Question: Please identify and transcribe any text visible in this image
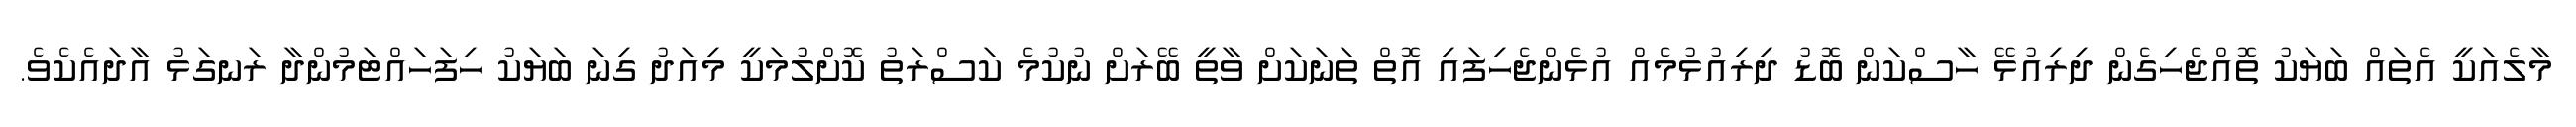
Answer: މާލެއަކީ އެތައް ބަޔަކު ތޮއްޖެހިގެން ދިރިއުޅޭ ހާސްކަން ބޮޑު ދިރިއުޅުމެއް އުޅެންޖެހިފައި އޮތް ތަނަކަށް ވާތީ ބޭރަށް ނުކުމެ ކަސްރަތު ކޮށްލުމަކީ މިއަދު ގިނަ ބަޔަކު ހިފަހައްޓަމުންދާ ރަނގަޅު އާދައެކެވެ.